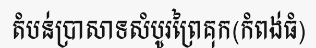
តំបន់ប្រាសាទសំបូរព្រៃគុក(កំពង់ធំ)